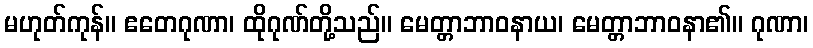
မဟုတ်ကုန်။ ဧတေဂုဏာ၊ ထိုဂုဏ်တို့သည်။ မေတ္တာဘာဝနာယ၊ မေတ္တာဘာဝနာ၏။ ဂုဏာ၊